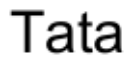
Tata